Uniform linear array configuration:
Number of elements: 32
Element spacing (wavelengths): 0.25
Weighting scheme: exponential
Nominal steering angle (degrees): -30
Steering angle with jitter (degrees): -29.114
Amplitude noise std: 0.05
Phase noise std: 0.05

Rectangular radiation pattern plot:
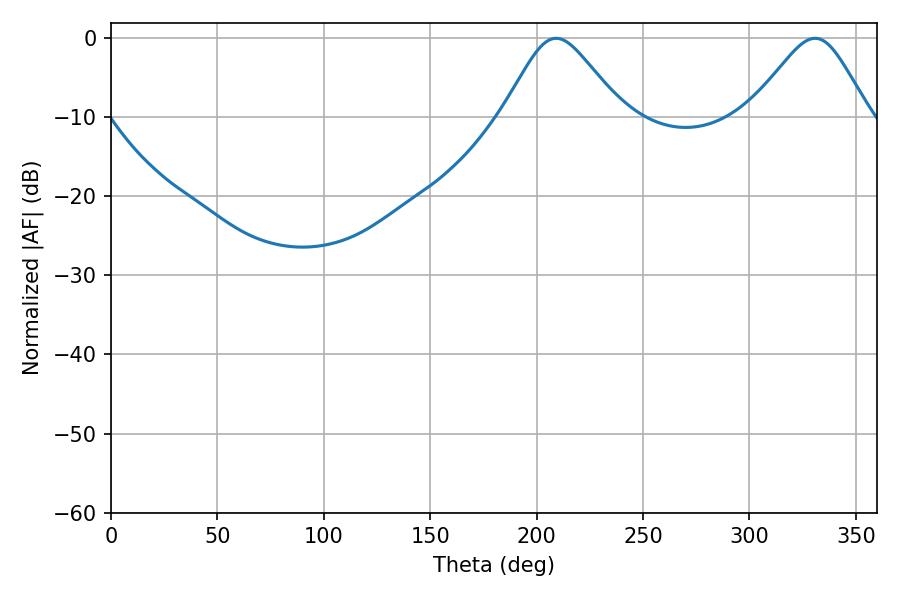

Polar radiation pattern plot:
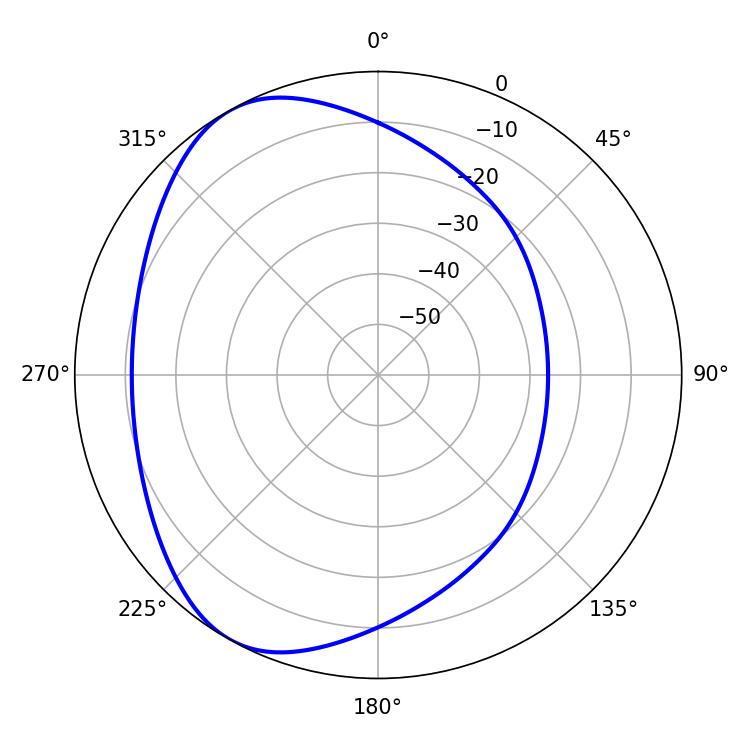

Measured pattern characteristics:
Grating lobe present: FALSE
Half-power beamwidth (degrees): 27.18
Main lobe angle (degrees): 209.16